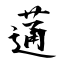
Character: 蓪